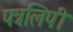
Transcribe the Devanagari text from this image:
पत्रलिपी